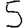
Digit: 5